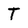
Character: T